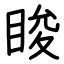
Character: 睃